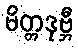
မိတ္တဒုဗ္ဘီ